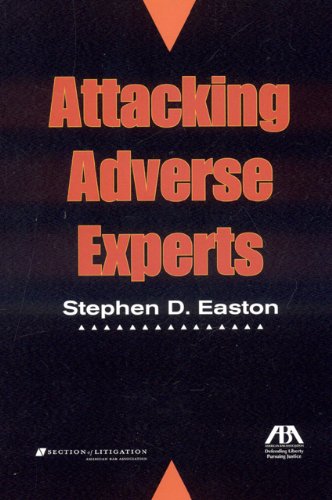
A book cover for Attacking Adverse Experts; Stephen D. Easton; Law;